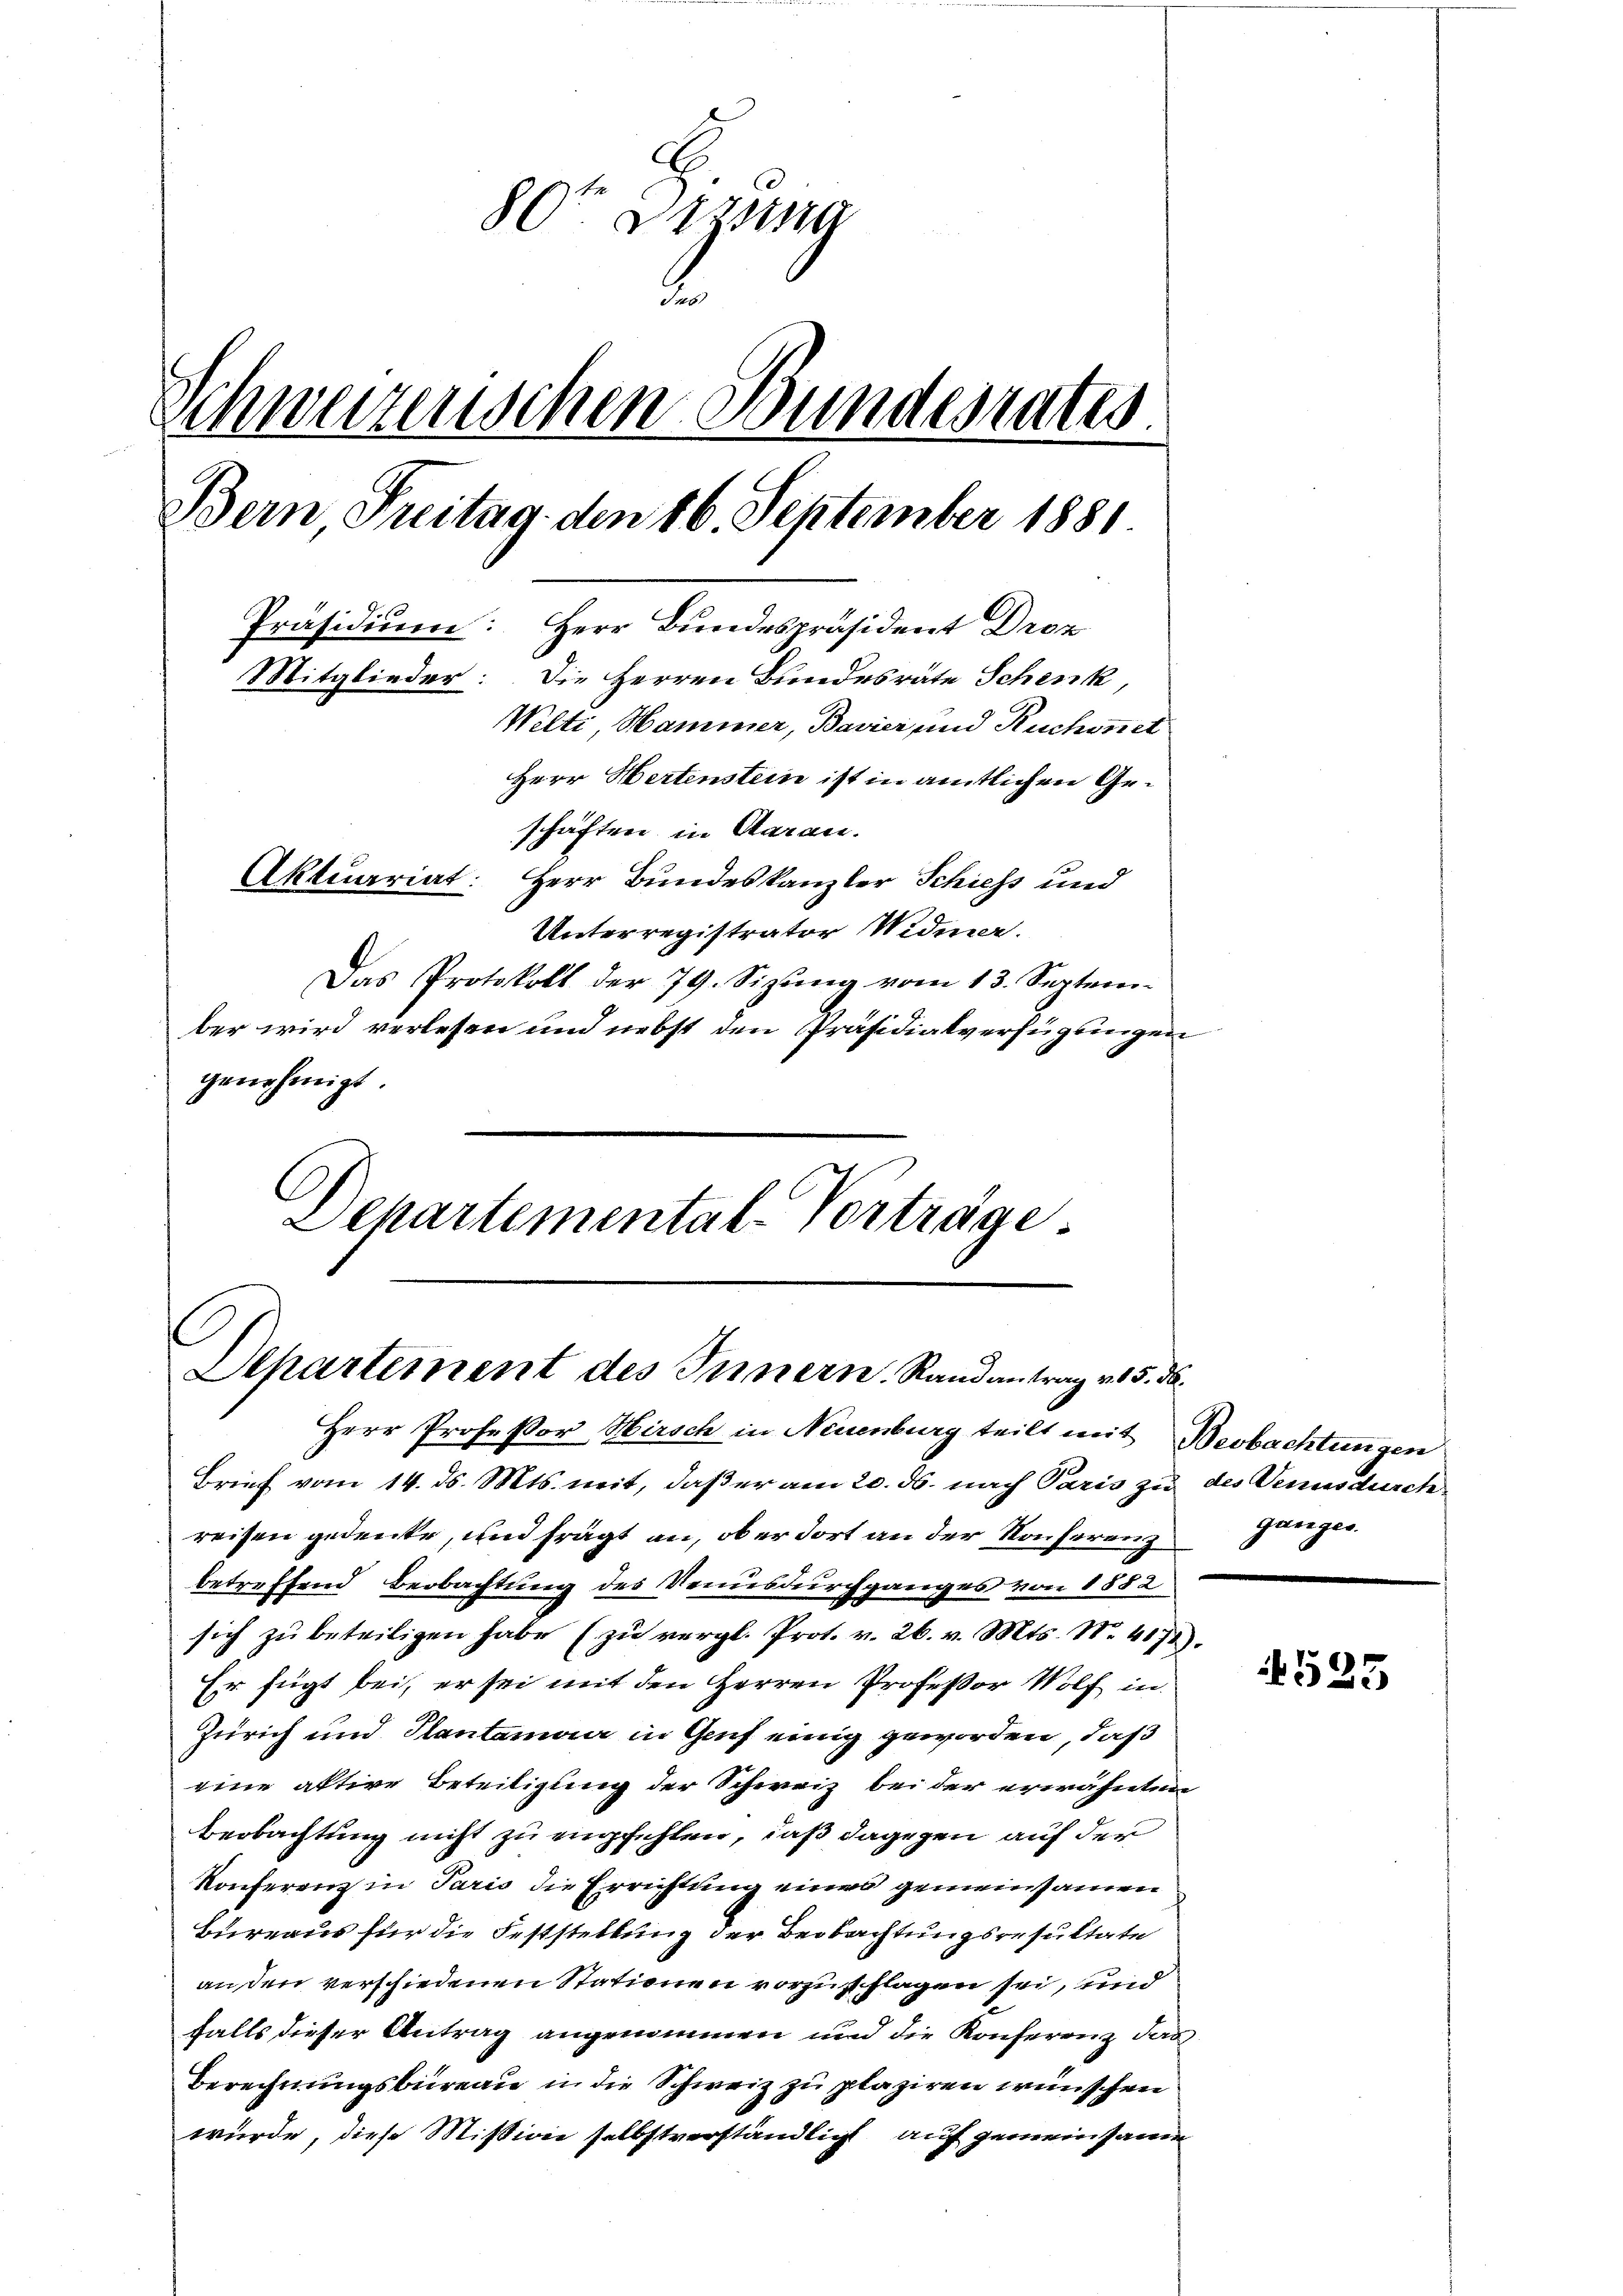
80ten Verung
l
Schweizerischen Bundesrates.
Bern Freitag. den 16. September 1881
10
Präsidium: Herr Bundespräsident Droz
Die Herren Bundesräte Schenk,
Mitglieder:
Wilti, Hammer, Bavier und Ruchonet
Herr Hertenstein ist in amtlichen Geschäften in Garan.
Aktuariat: Herr Bundeskanzler Schiess und
Unterregistrator Widmer.
Das Protokoll der 79. Sizung vom 13. September wird verlesen und nebst den Präsidialverfügungen
genehmigt.

Departemental-Verträge.
Departement des Innern. Randantrag v. 5. v.

Herr Professor Hirsch in Neuenburg teilt mit Beobachtungen
Brief vom 14. ds. Mts. mit, daß er am 20. ds. nach Paris zu des Venusdurch
reisen gedenke, und frägt an, ob er dort an der Konferenz
betreffend Beobachtung des Venusdurchganges von 1882
sich zu beteiligen habe (zu vergl. Prot. v. 26. v. Mts. N. 4178).
Er fügt bei, er sei mit den Herren Professor Wolf in
Zürich und Plantaman in Genf einig geworden, daß
eine aktive Beteiligung der Schweiz bei der erwähnten
Beobachtung nicht zu empfehlen, daß dagegen auf der
Konferenz in Paris die Errichtung eines gemeinsamen
Bureaus für die Feststellung der Beobachtungsresultate
anden verschiedenen Stationen vorzuschlagen sei, und
falls dieser Antrag angenommen und die Konferenz das
Berechnungsbureau in die Schweiz zu plaziren wünschen
würde, diese Mission selbstverständlich auf gemeinsame

¬
ganges.

525